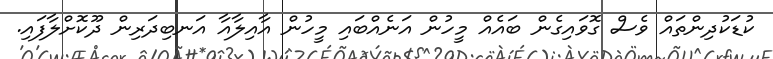
ކުޑަކުދިންތައް ވެސް ގޮވައިގެން ބައެއް މީހުން އަނެއްބައި މީހުން އާއިލާއާ އަނބިދަރިން ދޫކޮށްލާފައި.